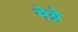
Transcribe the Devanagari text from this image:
मेग्ने